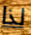
لذا